Report on vaccination in Madras 1922-1929 - 1922-1929
Year: 1922
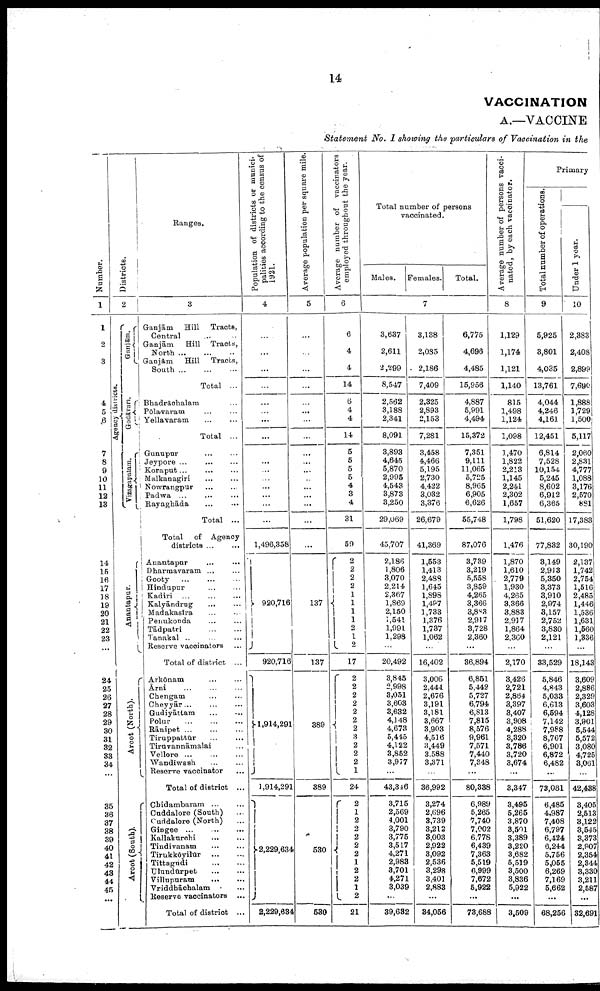
14
VACCINATION
A.—VACCINE
Statement No. I showing the particulars of Vaccination in the
Number.
1
1
2
3
4
5
6
7
8
9
10
11
12
13
14
15
16
17
18
19
20
21
22
23
24
25
26
27
28
29
30
31
32
33
34
35
36
37
38
39
40
41
42
43
44
45
...
Districts.
2
Agency districts.
Gunjām.
Godā va r
i
Vizagapatam.
Anantapur.
Arcot (North).
Arcot (South).
Ranges.
3
Ganjām
Hill Tracts,
Central ... ...
Ganjām
Hill Tracts,
North
...
...
...
Ganjām
Hill
Tracts,
South
...
...
...
Total ...
Bhadrāchalam ...
Pōlavaram ... ...
Yellavaram
...
...
Total ...
Gunupur ... ...
Jeypore ... ... ...
Koraput
...
...
...
Malkanagiri ... ...
Nowrangpur ... ...
Padwa ... ... ...
Rayaghāda
...
...
Total ...
Total of Agency
districts ... ...
Anantapur ... ...
Dharmavaram ... ...
Gooty
...
...
...
Hindupur
...
...
Kadiri
...
...
...
Kalyāndrug ... ...
Madakasīra ... ...
Penukonda ... ...
Tādpatri
...
...
Tanakal ... ... ...
Reserve vaccinators ...
Total of district ...
Arkōnam
...
...
Ārni
...
...
...
Chengam ... ...
Cheyyār...
...
...
Gudiyāttam ... ...
Polur
...
...
...
Rānipet ...
...
...
Tiruppattūr ... ...
Tiravannāmalai ...
Vellore
...
...
...
Wandiwash ... ...
Reserve vaccinator ...
Total of district ...
Chidambaram
...
...
Cuddalore (South) ...
Cuddalore (North) ...
Gingee
...
...
...
Kallakurchi
...
...
Tindivanam
...
...
Tirukkōyilūr
...
...
Tittagudi
...
...
Ulundūrpet
...
...
Villupuram
...
...
Vriddhāchalam ...
Reserve vaccinators ...
Total of district ...
Population of districts or munici
palities according to the census of
1921.
4
...
...
...
...
...
...
...
...
...
...
...
...
...
...
...
...
1,496,358
920,716
920,716
1,914,291
1,914,291
2,229,634
2,229,634
Average population per square mile.
5
...
...
...
...
...
...
...
...
...
...
...
...
...
...
...
...
...
137
137
389
389
530
530
Average number of vaccinators
employed throughout the year.
6
6
4
4
14
6
4
4
14
5
5
5
5
4
3
4
31
59
2
2
2
2 1
1
1
1
2
1
2
17
2
2
2
2
2
2
2
3 2
2
2
1
24
2
1
2
2
2
2
2
1
2
2 1 2
21
Total number of persons
vaccinated.
Males. Females.
Total.
7
3,637
2,611
2,299
8,547
2,562
3,188
2,341
8,091
3,893
4,645
5,870
2,995
4,543
3,873
3,250
29,069
45,707
2,186
1,806
3,070
2,214
2,367
1,869
2,150
1,541
1,991
1,298
...
20,492
3,845
2,998
3,051
3,603
3,632
4,148
4,673
5,445
4,122
3,852
3,977
...
43,346
3,715
2,569
4,001
3,790
3,775
3,517
4,271
2,983
3,701
4,271
3,039
...
39,632
3,138
2,085
2,186
7,409
2,325
2,893
2,153
7,281
3,458
4,466
5,195
2,730
4,422
3,032
3,376
26,679
41,369
1,553
1,413
2,488
1,645
1,898
1,487
1,733
1,376
1,737
1,062
...
16,402
3,006
2,444
2,676
3,191
3,181
3,667
8,903
4,516
3,449
3,588
3,371
...
36,992
3,274
2,696
3,739
3,212
3,003
2,922
3,092
2,536
3,298
3,401
2,883
...
34,056
6,775
4,696
4,485
15,956
4,887
5,991
4,494
15,372
7,351
9,111
11,065
5,725
8,965
6,905
6,626
55,748
87,076
3,739
3,219
5,558
3,859
4,265
3,366
3,883
2,917
3,728
2,360
...
36,894
6,861
5,442
5,727
6,794
6,813
7,815
8,576
9,961
7,571
7,440
7,348
...
80,338
6,989
5,265
7,740
7,002
6,778
6,439
7,363
5,519
6,999
7,672
5,922
...
73,688
Average number of persons vacci
nated, by each vaccinator.
8
1,129
1,174
1,121
1,140
815
1,498
1,124
1,098
1,470
1,822
2,213
1,145
2,241
2,302
1,657
1,798
1,476
1,870
1,610
2,779
1,930
4,265
3,366
3,883
2,917
1,864
2,360
...
2,170
3,426
2,721
2,864
3,397
3,407
3,908
4,288
3,320
3,786
3,720
3,674
...
3,347
3,495
5,265
3,870
3,501
3,389
3,220
3,682
5,519
3,500
3,836
5,922
...
3,509
Primary
Total number of operations.
9
5,925
3,801
4,035
13,761
4,044
4,246
4,161
12,451
6,814
7,528
10,154
5,245
8,602
6,912
6,365
51,620
77,832
3,149
2,913
5,350
3,373
3,910
2,974
3,157
2,752
3,830
2,121
...
33,529
5,846
4,843
5,033
6,613
6,594
7,142
7,988
8,767
6,901
6,872
6,482
...
73,081
6,485
4,987
7,408
6,797
6,424
6,244
5,756
5,055
6,269
7,169
5,662
...
68,256
Under 1 year.
10
2,383
2,408
2,899
7,690
1,888
1,729
1,500
5,117
2,060
2,831
4,777
1,088
3,176
2,570
881
17,383
30,190
2,137
1,742
2,754
1,516
2,485
1,446
1,536
1,631
1,560
1,336
...
18,143
3,609
2,886
2,329
3,603
4,128
3,901
5,544
5,572
3,080
4,725
3,061
...
42,438
8,405
2,513
3,122
3,545
3,373
2,907
2,354
2,344
3,330
3,211
2,587
...
32,691